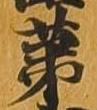
第